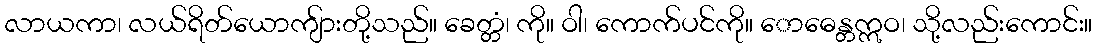
လာယကာ၊ လယ်ရိတ်ယောကျ်ားတို့သည်။ ခေတ္တံ၊ ကို။ ဝါ၊ ကောက်ပင်ကို။ ောဓေန္တဣဝ၊ သို့လည်းကောင်း။